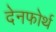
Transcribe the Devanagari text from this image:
देनफोर्थ